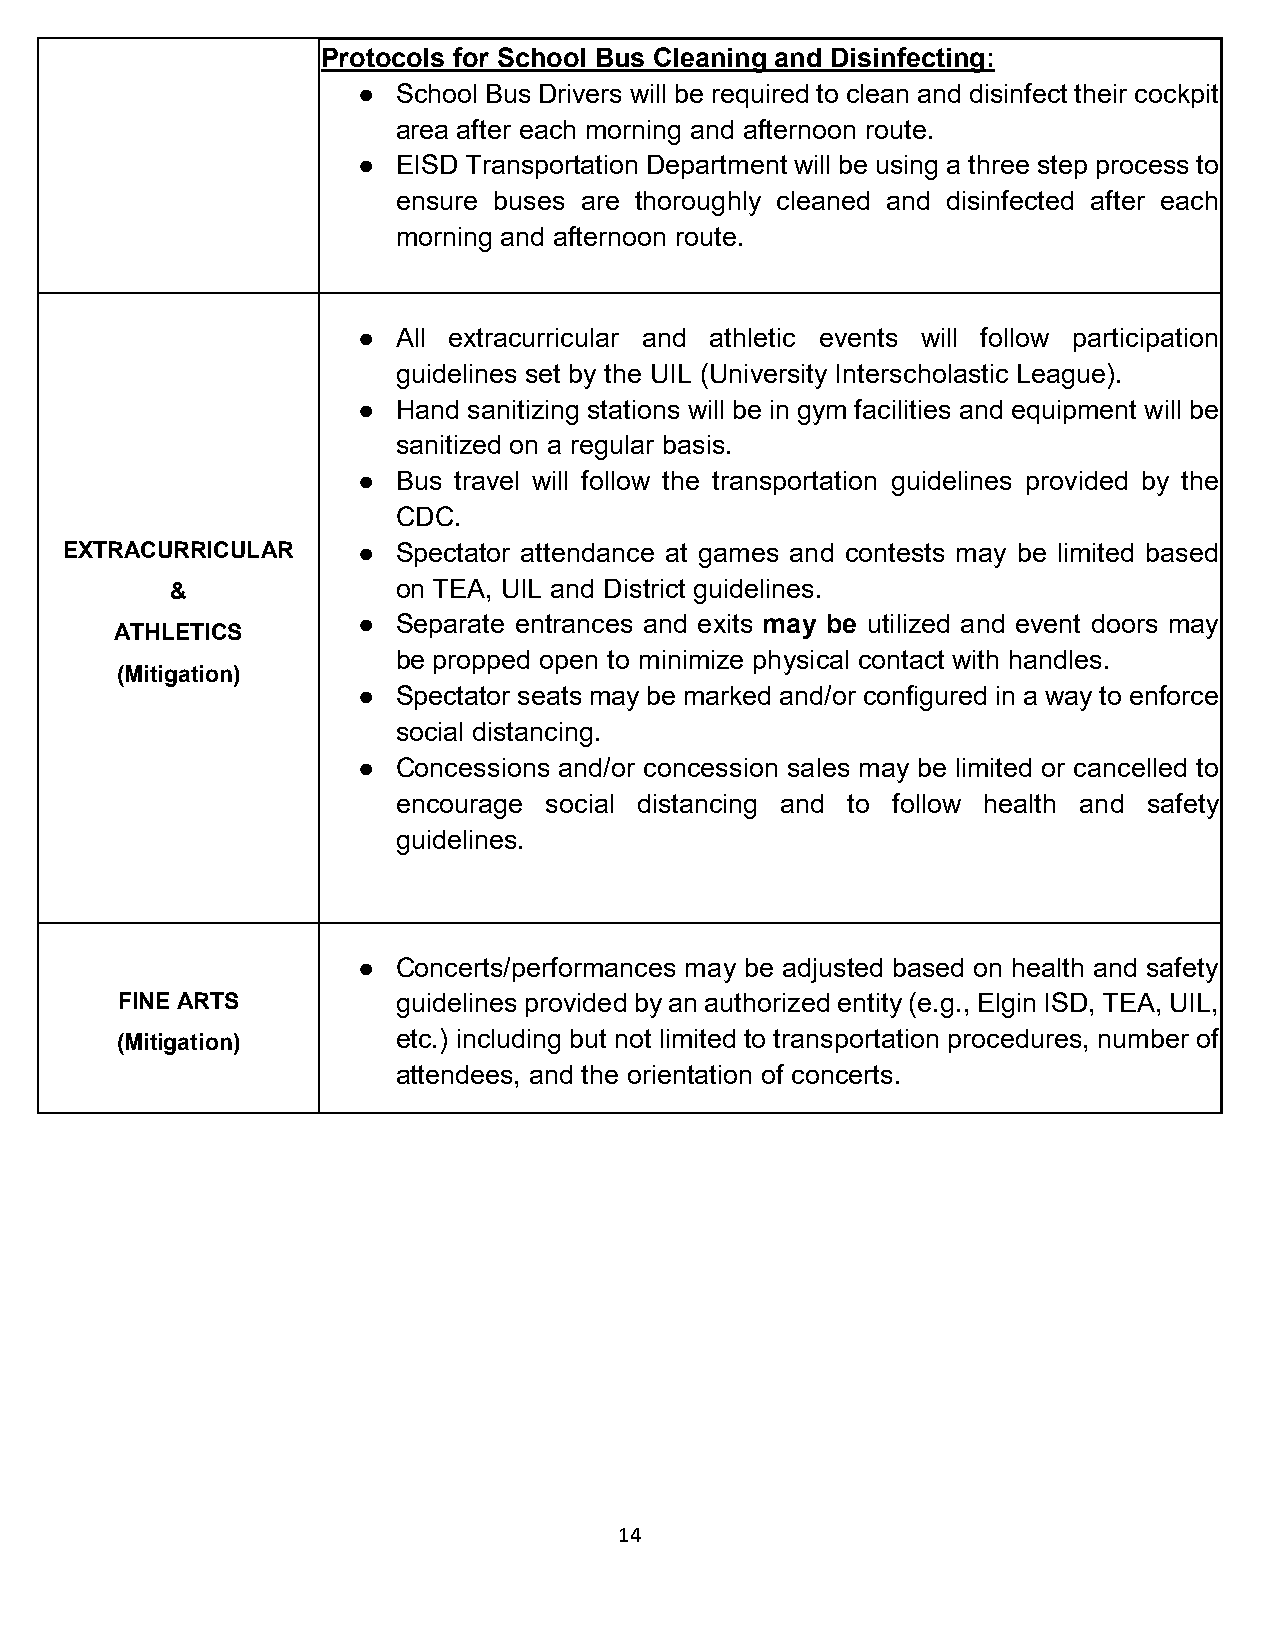
Protocols for School Bus Cleaning and Disinfecting:
 ● School Bus Drivers will be required to clean and disinfect their cockpit
 area after each morning and afternoon route.
 ● EISD Transportation Department will be using a three step process to
 ensure buses are thoroughly cleaned and disinfected after each
 morning and afternoon route.
 ● All extracurricular and athletic events will follow participation
 guidelines set by the UIL (University Interscholastic League).
 ● Hand sanitizing stations will be in gym facilities and equipment will be
 sanitized on a regular basis.
 ● Bus travel will follow the transportation guidelines provided by the
 CDC.
 EXTRACURRICULAR     ● Spectator attendance at games and contests may be limited based
 &              on TEA, UIL and District guidelines.
 ● Separate entrances and exits may be utilized and event doors may
 ATHLETICS
 be propped open to minimize physical contact with handles.
 (Mitigation)
 ● Spectator seats may be marked and/or configured in a way to enforce
 social distancing.
 ● Concessions and/or concession sales may be limited or cancelled to
 encourage social distancing and to follow health and safety
 guidelines.
 ● Concerts/performances may be adjusted based on health and safety
 FINE ARTS         guidelines provided by an authorized entity (e.g., Elgin ISD, TEA, UIL,
 (Mitigation)      etc.) including but not limited to transportation procedures, number of
 attendees, and the orientation of concerts.
 14